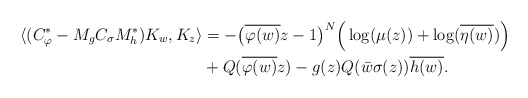
\begin{align*}\langle(C_{\varphi}^{*} - M_{g}C_{\sigma}M^{*}_{h})K_{w},K_z\rangle& = -\big(\overline{\varphi(w)}z-1\big)^{N}\Big(\log(\mu(z))+\log(\overline{\eta(w)})\Big) \\&+ Q(\overline{\varphi(w)}z) - g(z)Q(\bar{w}\sigma(z))\overline{h(w)}.\end{align*}